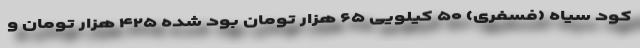
کود سیاه (فسفری) ۵۰ کیلویی ۶۵ هزار تومان بود شده ۴۲۵ هزار تومان و